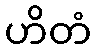
ဟိတံ